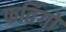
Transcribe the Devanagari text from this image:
फर्तिगों